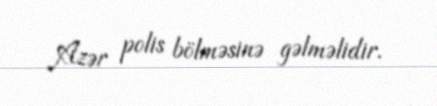
Azər polis bölməsinə gəlməlidir.